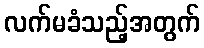
လက်မခံသည့်အတွက်